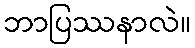
ဘာပြဿနာလဲ။